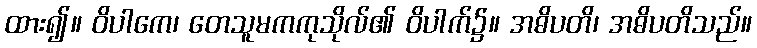
ထား၍။ ဝိပါကေ၊ တေသူမကကုသိုလ်၏ ဝိပါက်၌။ အဓိပတိ၊ အဓိပတိသည်။